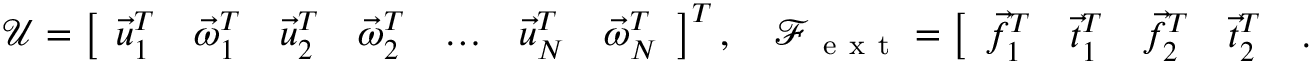
\boldsymbol { \mathcal U } = \left[ \begin{array} { l l l l l l l } { \vec { u } _ { 1 } ^ { T } } & { \vec { \omega } _ { 1 } ^ { T } } & { \vec { u } _ { 2 } ^ { T } } & { \vec { \omega } _ { 2 } ^ { T } } & { \dots } & { \vec { u } _ { N } ^ { T } } & { \vec { \omega } _ { N } ^ { T } } \end{array} \right] ^ { T } , \quad \boldsymbol { \mathcal F } _ { \mathrm { ~ e ~ x ~ t ~ } } = \left[ \begin{array} { l l l l l l l } { \vec { f } _ { 1 } ^ { T } } & { \vec { t } _ { 1 } ^ { T } } & { \vec { f } _ { 2 } ^ { T } } & { \vec { t } _ { 2 } ^ { T } } & { \dots } & { \vec { f } _ { N } ^ { T } } & { \vec { t } _ { N } ^ { T } } \end{array} \right] ^ { T } .